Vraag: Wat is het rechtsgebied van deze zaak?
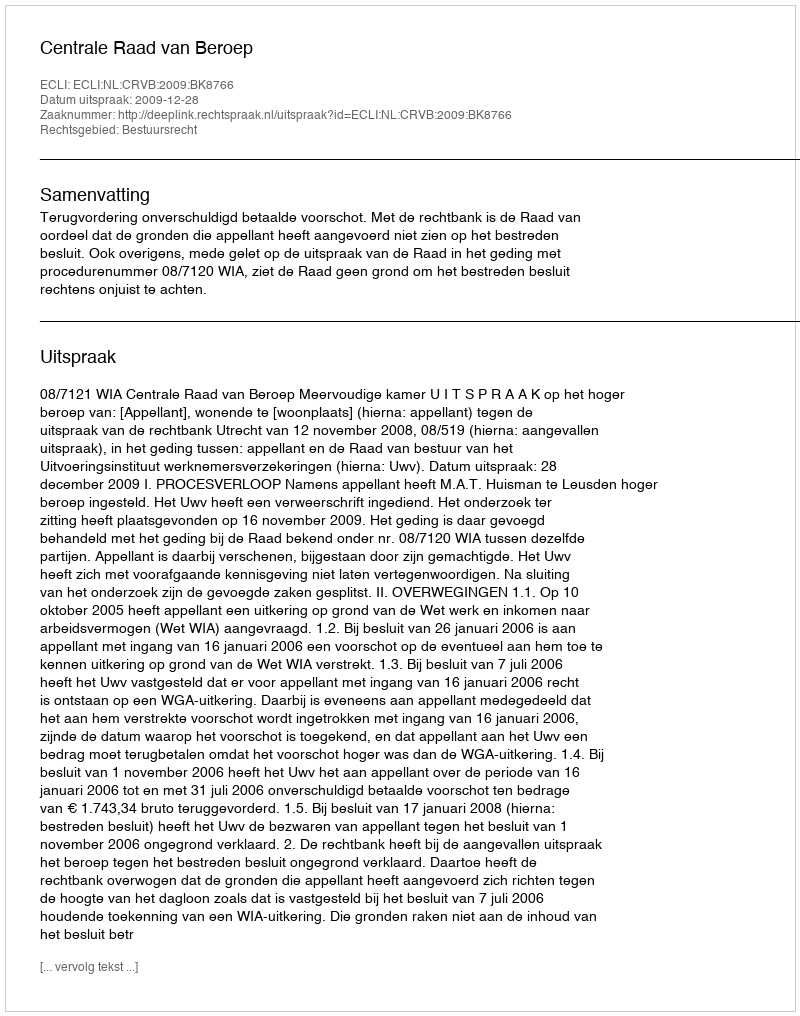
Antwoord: Bestuursrecht